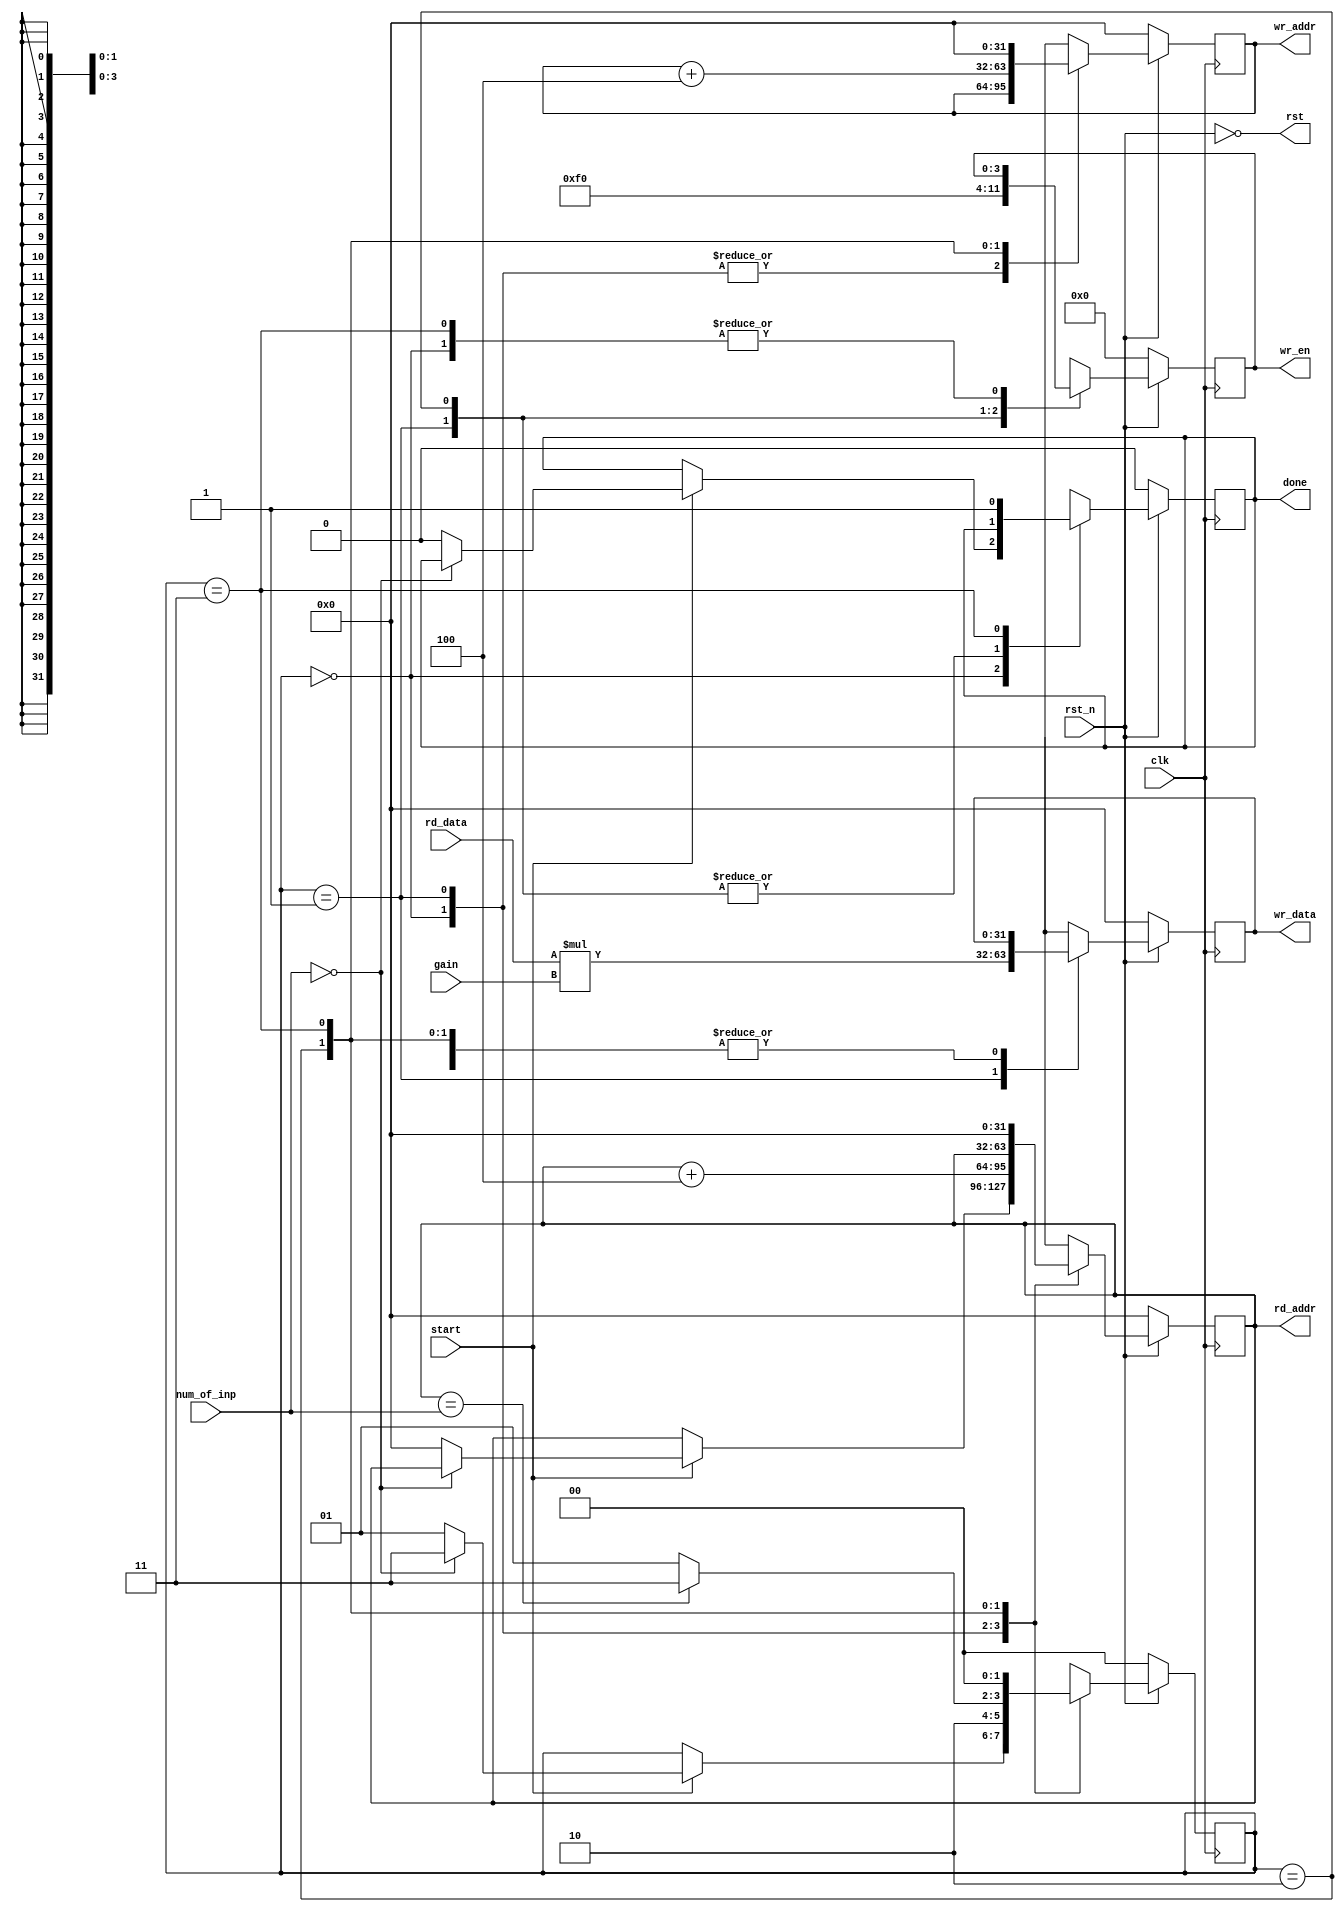
// This program was cloned from: https://github.com/yohanes-erwin/pemrograman_zynq
// License: MIT License

`timescale 1ns / 1ps

    module multiplier (
        // *** Clock and reset ***
        input wire clk,
        input wire rst_n,
        output wire rst,
        // *** RAM input ***
        output wire [31:0] rd_addr,
        input wire [31:0] rd_data,
        // *** RAM output ***
        output wire [31:0] wr_addr,
        output wire [31:0] wr_data,
        output wire [3:0] wr_en,
        // *** Control signal ***
        input wire [9:0] num_of_inp,
        input wire [7:0] gain,
        input wire start,
        output wire done
    );
    
    localparam [1:0] S_IDLE = 4'h0,
                     S_READ = 4'h1,
                     S_WRITE = 4'h2,
                     S_DONE = 4'h3;
                                       
    reg [1:0] _cs, _ns;
    reg [31:0] rd_addr_cv, rd_addr_nv;
    reg [31:0] wr_addr_cv, wr_addr_nv;
    reg [31:0] wr_data_cv, wr_data_nv;
    reg [3:0] wr_en_cv, wr_en_nv;
    reg done_cv, done_nv;
    
    // *** Register ***
    always @(posedge clk)
    begin
        if (!rst_n)
        begin
            _cs <= S_IDLE;
            rd_addr_cv <= 0;
            wr_addr_cv <= 0;
            wr_data_cv <= 0;
            wr_en_cv <= 0;
            done_cv <= 0;
        end
        else
        begin
            _cs <= _ns;
            rd_addr_cv <= rd_addr_nv;
            wr_addr_cv <= wr_addr_nv;
            wr_data_cv <= wr_data_nv;
            wr_en_cv <= wr_en_nv;
            done_cv <= done_nv;
        end
    end
    
    // *** Next state and data path ***
    always @(*)
    begin
        _ns = _cs;
        rd_addr_nv = rd_addr_cv;
        wr_addr_nv = wr_addr_cv;
        wr_data_nv = wr_data_cv;
        wr_en_nv = wr_en_cv;
        done_nv = done_cv;
        case (_cs)
            S_IDLE:
            begin
                if (start)
                begin
                    if (num_of_inp == 0)
                    begin
                        _ns = S_DONE;
                    end
                    else
                    begin
                        done_nv = 0;
                        rd_addr_nv = 0;
                        _ns = S_READ;
                    end
                end
            end
            S_READ:
            begin
                rd_addr_nv = rd_addr_cv + 4;
                wr_data_nv = rd_data * gain;
                wr_en_nv = 4'hf;
                _ns = S_WRITE;
            end
            S_WRITE:
            begin
                wr_addr_nv = wr_addr_cv + 4;
                wr_en_nv = 4'h0;
                if (rd_addr_cv == num_of_inp)
                begin
                    _ns = S_DONE;
                end
                else
                begin
                    _ns = S_READ;
                end
            end
            S_DONE:
            begin
                rd_addr_nv = 0;
                wr_addr_nv = 0;
                done_nv = 1;
                _ns = S_IDLE;
            end
        endcase
    end
    
    // *** Output ***
    assign rst = ~rst_n;
    assign rd_addr = rd_addr_cv;
    assign wr_addr = wr_addr_cv;
    assign wr_data = wr_data_cv;
    assign wr_en = wr_en_cv;
    assign done = done_cv;
    
endmodule